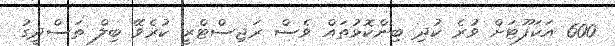
600 އަކަފޫޓަށް ވުރެ ކުދި ބިންކޮޅުތައް ވެސް ރަޖިސްޓްރީ ކުރެވޭ ބިލް ތަސްދީގު